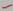
Text: -